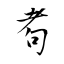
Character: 耇